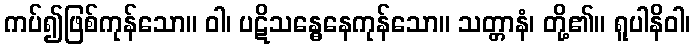
ကပ်၍ဖြစ်ကုန်သော။ ဝါ၊ ပဋိသန္ဓေနေကုန်သော။ သတ္တာနံ၊ တို့၏။ ရူပါနိဝါ၊